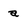
Character: a